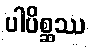
ပါပိစ္ဆဿ